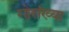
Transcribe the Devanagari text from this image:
गोसंख्या